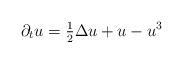
LaTeX: \begin{align*}\partial_t u = \tfrac{1}{ 2 }\Delta u + u-u^3\end{align*}